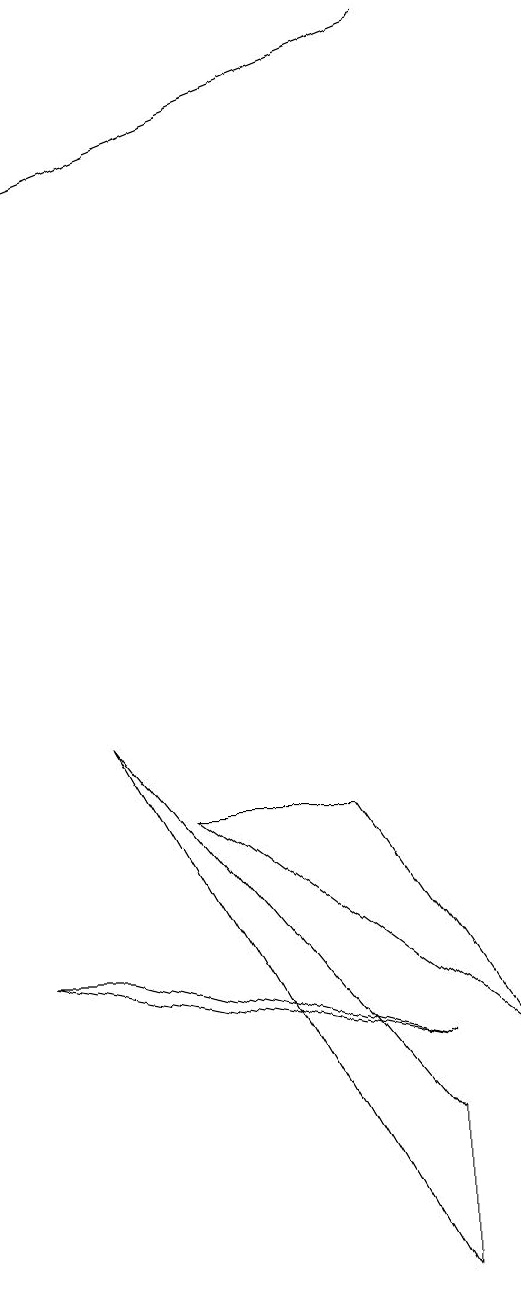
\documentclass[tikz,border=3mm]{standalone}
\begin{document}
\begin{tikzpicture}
\draw (7,5) -- (2,6) -- (3,6) -- cycle;
\draw (4,8) -- (6,8) -- (8,5) -- cycle;
\draw (7,4) -- (7,2) -- (3,9) -- cycle;
\draw[->] (7,18) -- (2,16);
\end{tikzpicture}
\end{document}